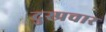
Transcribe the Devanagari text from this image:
दुस्प्रचार